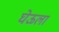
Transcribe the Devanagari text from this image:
घेऊला